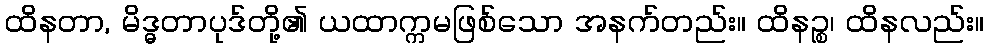
ထိနတာ, မိဒ္ဓတာပုဒ်တို့၏ ယထာက္ကမဖြစ်သော အနက်တည်း။ ထိနဉ္စ၊ ထိနလည်း။